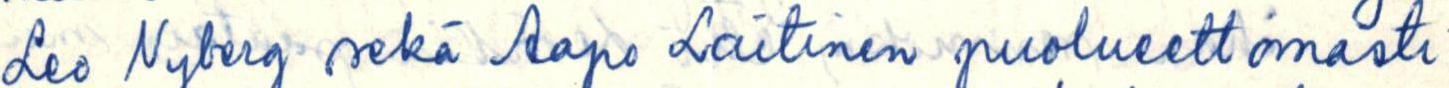
Leo Nyberg sekä Aapo Laitinen puolueettomasti